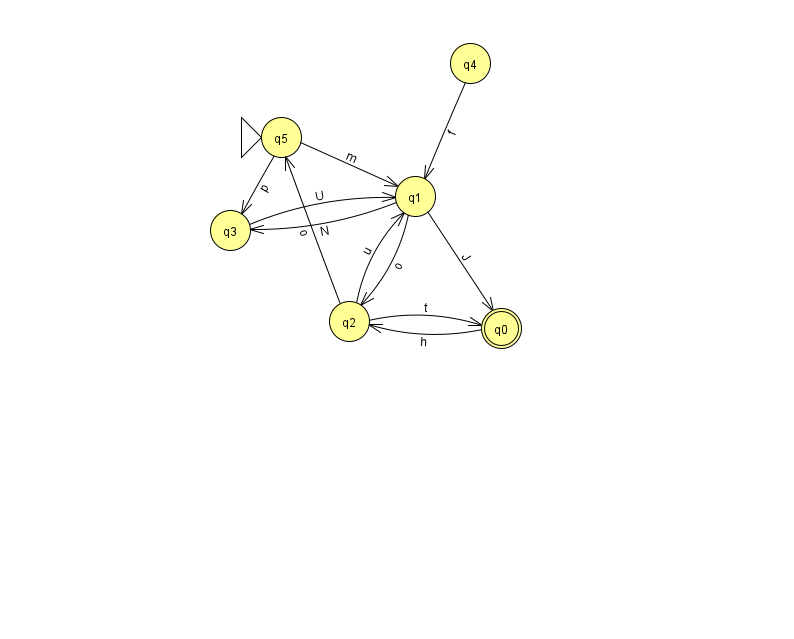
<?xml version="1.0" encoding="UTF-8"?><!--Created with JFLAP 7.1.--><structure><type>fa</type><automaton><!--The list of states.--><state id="0" name="q0"><x>501.0</x><y>315.0</y><final/></state><state id="1" name="q1"><x>415.0</x><y>183.0</y></state><state id="2" name="q2"><x>349.0</x><y>308.0</y></state><state id="3" name="q3"><x>230.0</x><y>217.0</y></state><state id="4" name="q4"><x>470.0</x><y>50.0</y></state><state id="5" name="q5"><x>281.0</x><y>124.0</y><initial/></state><!--The list of transitions.--><transition><from>5</from><to>1</to><read>m</read></transition><transition><from>5</from><to>3</to><read>p</read></transition><transition><from>1</from><to>3</to><read>N</read></transition><transition><from>4</from><to>1</to><read>f</read></transition><transition><from>0</from><to>2</to><read>h</read></transition><transition><from>1</from><to>2</to><read>o</read></transition><transition><from>3</from><to>1</to><read>U</read></transition><transition><from>2</from><to>5</to><read>o</read></transition><transition><from>2</from><to>0</to><read>t</read></transition><transition><from>1</from><to>0</to><read>J</read></transition><transition><from>2</from><to>1</to><read>u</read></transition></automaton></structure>